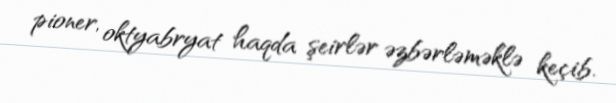
pioner, oktyabryat haqda şeirlər əzbərləməklə keçib.